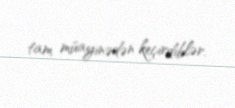
tam müayinədən keçirdiblər.